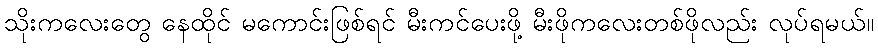
သိုးကလေးတွေ နေထိုင် မကောင်းဖြစ်ရင် မီးကင်ပေးဖို့ မီးဖိုကလေးတစ်ဖိုလည်း လုပ်ရမယ်။